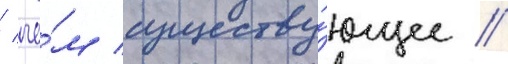
/ че́м существу́ющее //